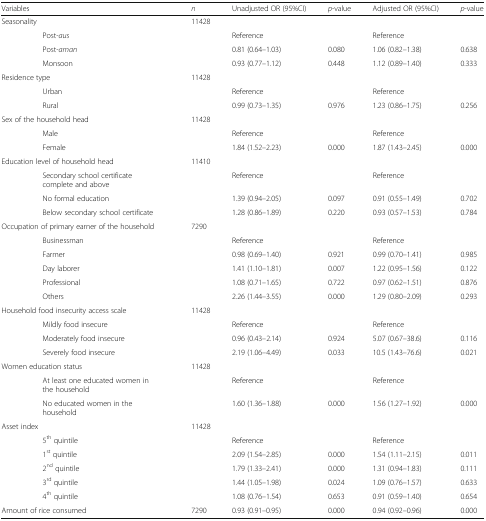
<table><thead><tr><td colspan="2"><b>Variables</b></td><td><b><i>n</i></b></td><td><b>Unadjusted OR (95%CI)</b></td><td><b><i>p</i>-value</b></td><td><b>Adjusted OR (95%CI)</b></td><td><b><i>p</i>-value</b></td></tr></thead><tbody><tr><td colspan="2">Seasonality</td><td>11428</td><td>[EMPTY_CELL]</td><td>[EMPTY_CELL]</td><td>[EMPTY_CELL]</td><td>[EMPTY_CELL]</td></tr><tr><td>[EMPTY_CELL]</td><td>Post-<i>aus</i></td><td>[EMPTY_CELL]</td><td>Reference</td><td>[EMPTY_CELL]</td><td>Reference</td><td>[EMPTY_CELL]</td></tr><tr><td>[EMPTY_CELL]</td><td>Post-<i>aman</i></td><td>[EMPTY_CELL]</td><td>0.81 (0.64–1.03)</td><td>0.080</td><td>1.06 (0.82–1.38)</td><td>0.638</td></tr><tr><td>[EMPTY_CELL]</td><td>Monsoon</td><td>[EMPTY_CELL]</td><td>0.93 (0.77–1.12)</td><td>0.448</td><td>1.12 (0.89–1.40)</td><td>0.333</td></tr><tr><td colspan="2">Residence type</td><td>11428</td><td>[EMPTY_CELL]</td><td>[EMPTY_CELL]</td><td>[EMPTY_CELL]</td><td>[EMPTY_CELL]</td></tr><tr><td>[EMPTY_CELL]</td><td>Urban</td><td>[EMPTY_CELL]</td><td>Reference</td><td>[EMPTY_CELL]</td><td>Reference</td><td>[EMPTY_CELL]</td></tr><tr><td>[EMPTY_CELL]</td><td>Rural</td><td>[EMPTY_CELL]</td><td>0.99 (0.73–1.35)</td><td>0.976</td><td>1.23 (0.86–1.75)</td><td>0.256</td></tr><tr><td colspan="2">Sex of the household head</td><td>11428</td><td>[EMPTY_CELL]</td><td>[EMPTY_CELL]</td><td>[EMPTY_CELL]</td><td>[EMPTY_CELL]</td></tr><tr><td>[EMPTY_CELL]</td><td>Male</td><td>[EMPTY_CELL]</td><td>Reference</td><td>[EMPTY_CELL]</td><td>Reference</td><td>[EMPTY_CELL]</td></tr><tr><td>[EMPTY_CELL]</td><td>Female</td><td>[EMPTY_CELL]</td><td>1.84 (1.52–2.23)</td><td>0.000</td><td>1.87 (1.43–2.45)</td><td>0.000</td></tr><tr><td colspan="2">Education level of household head</td><td>11410</td><td>[EMPTY_CELL]</td><td>[EMPTY_CELL]</td><td>[EMPTY_CELL]</td><td>[EMPTY_CELL]</td></tr><tr><td>[EMPTY_CELL]</td><td>Secondary school certificate complete and above</td><td>[EMPTY_CELL]</td><td>Reference</td><td>[EMPTY_CELL]</td><td>Reference</td><td>[EMPTY_CELL]</td></tr><tr><td>[EMPTY_CELL]</td><td>No formal education</td><td>[EMPTY_CELL]</td><td>1.39 (0.94–2.05)</td><td>0.097</td><td>0.91 (0.55–1.49)</td><td>0.702</td></tr><tr><td>[EMPTY_CELL]</td><td>Below secondary school certificate</td><td>[EMPTY_CELL]</td><td>1.28 (0.86–1.89)</td><td>0.220</td><td>0.93 (0.57–1.53)</td><td>0.784</td></tr><tr><td colspan="2">Occupation of primary earner of the household</td><td>7290</td><td>[EMPTY_CELL]</td><td>[EMPTY_CELL]</td><td>[EMPTY_CELL]</td><td>[EMPTY_CELL]</td></tr><tr><td>[EMPTY_CELL]</td><td>Businessman</td><td>[EMPTY_CELL]</td><td>Reference</td><td>[EMPTY_CELL]</td><td>Reference</td><td>[EMPTY_CELL]</td></tr><tr><td>[EMPTY_CELL]</td><td>Farmer</td><td>[EMPTY_CELL]</td><td>0.98 (0.69–1.40)</td><td>0.921</td><td>0.99 (0.70–1.41)</td><td>0.985</td></tr><tr><td>[EMPTY_CELL]</td><td>Day laborer</td><td>[EMPTY_CELL]</td><td>1.41 (1.10–1.81)</td><td>0.007</td><td>1.22 (0.95–1.56)</td><td>0.122</td></tr><tr><td>[EMPTY_CELL]</td><td>Professional</td><td>[EMPTY_CELL]</td><td>1.08 (0.71–1.65)</td><td>0.722</td><td>0.97 (0.62–1.51)</td><td>0.876</td></tr><tr><td>[EMPTY_CELL]</td><td>Others</td><td>[EMPTY_CELL]</td><td>2.26 (1.44–3.55)</td><td>0.000</td><td>1.29 (0.80–2.09)</td><td>0.293</td></tr><tr><td colspan="2">Household food insecurity access scale</td><td>11428</td><td>[EMPTY_CELL]</td><td>[EMPTY_CELL]</td><td>[EMPTY_CELL]</td><td>[EMPTY_CELL]</td></tr><tr><td>[EMPTY_CELL]</td><td>Mildly food insecure</td><td>[EMPTY_CELL]</td><td>Reference</td><td>[EMPTY_CELL]</td><td>Reference</td><td>[EMPTY_CELL]</td></tr><tr><td>[EMPTY_CELL]</td><td>Moderately food insecure</td><td>[EMPTY_CELL]</td><td>0.96 (0.43–2.14)</td><td>0.924</td><td>5.07 (0.67–38.6)</td><td>0.116</td></tr><tr><td>[EMPTY_CELL]</td><td>Severely food insecure</td><td>[EMPTY_CELL]</td><td>2.19 (1.06–4.49)</td><td>0.033</td><td>10.5 (1.43–76.6)</td><td>0.021</td></tr><tr><td colspan="2">Women education status</td><td>11428</td><td>[EMPTY_CELL]</td><td>[EMPTY_CELL]</td><td>[EMPTY_CELL]</td><td>[EMPTY_CELL]</td></tr><tr><td>[EMPTY_CELL]</td><td>At least one educated women in the household</td><td>[EMPTY_CELL]</td><td>Reference</td><td>[EMPTY_CELL]</td><td>Reference</td><td>[EMPTY_CELL]</td></tr><tr><td>[EMPTY_CELL]</td><td>No educated women in the household</td><td>[EMPTY_CELL]</td><td>1.60 (1.36–1.88)</td><td>0.000</td><td>1.56 (1.27–1.92)</td><td>0.000</td></tr><tr><td colspan="2">Asset index</td><td>11428</td><td>[EMPTY_CELL]</td><td>[EMPTY_CELL]</td><td>[EMPTY_CELL]</td><td>[EMPTY_CELL]</td></tr><tr><td>[EMPTY_CELL]</td><td>5<sup>th</sup> quintile</td><td>[EMPTY_CELL]</td><td>Reference</td><td>[EMPTY_CELL]</td><td>Reference</td><td>[EMPTY_CELL]</td></tr><tr><td>[EMPTY_CELL]</td><td>1<sup>st</sup> quintile</td><td>[EMPTY_CELL]</td><td>2.09 (1.54–2.85)</td><td>0.000</td><td>1.54 (1.11–2.15)</td><td>0.011</td></tr><tr><td>[EMPTY_CELL]</td><td>2<sup>nd</sup> quintile</td><td>[EMPTY_CELL]</td><td>1.79 (1.33–2.41)</td><td>0.000</td><td>1.31 (0.94–1.83)</td><td>0.111</td></tr><tr><td>[EMPTY_CELL]</td><td>3<sup>rd</sup> quintile</td><td>[EMPTY_CELL]</td><td>1.44 (1.05–1.98)</td><td>0.024</td><td>1.09 (0.76–1.57)</td><td>0.633</td></tr><tr><td>[EMPTY_CELL]</td><td>4<sup>th</sup> quintile</td><td>[EMPTY_CELL]</td><td>1.08 (0.76–1.54)</td><td>0.653</td><td>0.91 (0.59–1.40)</td><td>0.654</td></tr><tr><td colspan="2">Amount of rice consumed</td><td>7290</td><td>0.93 (0.91–0.95)</td><td>0.000</td><td>0.94 (0.92–0.96)</td><td>0.000</td></tr></tbody></table>